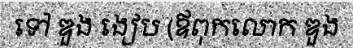
ទៅ ឌួង ងៀប (ឪពុកលោក ឌួង